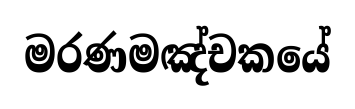
මරණමඤ්චකයේ